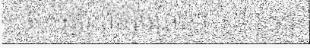
ថា មន្ទីរពេទ្យចម្រុះ ។ ចំពោះការ